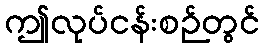
ဤလုပ်ငန်းစဉ်တွင်